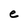
Character: e